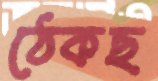
ঠেকছ